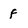
Character: f